Epidemic dropsy in Calcutta - Number 49
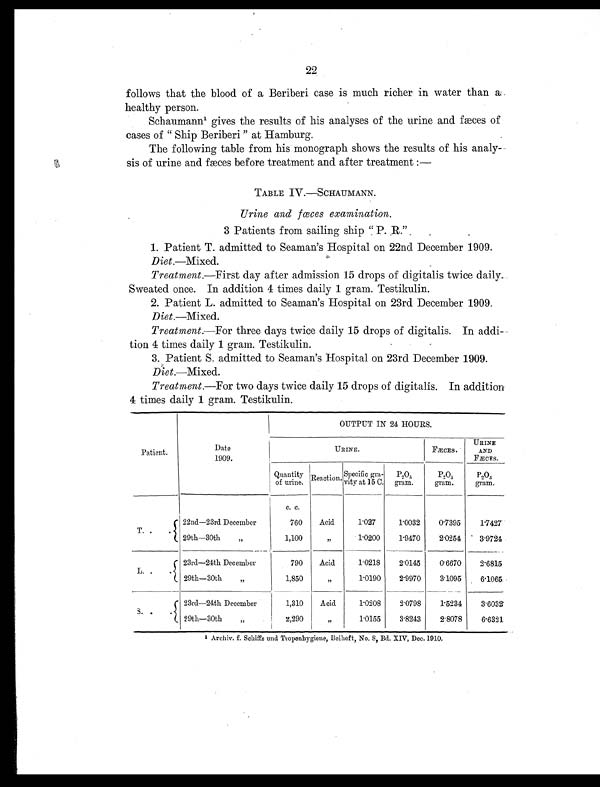
22
follows that the blood of a Beriberi case is much richer in water than a
healthy person.
Schaumann1 gives the results of his analyses of the urine and fæces of
cases of " Ship Beriberi " at Hamburg.
The following table from his monograph shows the results of his analy-
sis of urine and fæces before treatment and after treatment :—
TABLE IV.—SCHAUMANN.
Urine and fœces examination.
3 Patients from sailing ship " P. R"
1. Patient T. admitted to Seaman's Hospital on 22nd December 1909.
Diet. —Mixed.
Treatment. —First day after admission 15 drops of digitalis twice daily.
Sweated once. In addition 4 times daily 1 gram. Testikulin.
2. Patient L. admitted to Seaman's Hospital on 23rd December 1909.
Diet. —Mixed.
Treatment. —For three days twice daily 15 drops of digitalis. In addi-
tion 4 times daily 1 gram. Testikulin.
3. Patient S. admitted to Seaman's Hospital on 23rd December 1909.
Diet.—Mixed.
Treatment.—For two days twice daily 15 drops of digitalis. In addition
4 times daily 1 gram. Testikulin.
OUTPUT IN 24 HOURS.
Patient.
Date
1909.
URINE.
FÆCES.
URINE
AND
FÆCES.
Quantity
of urine.
Reaction. Specific gra-v i t y a t 1 5 C .
P 2 O 5
g r a m .
P 2 O 5
gram.
P2O5
gram.
c. c.
T. .
.
22nd—23rd December
760
Acid.
1.027
1.0032
0.7395
1.7427
29th—30th
„
1,100
, ,
1.0200
1.9470
2.0254
3.9724
L. .
.
23rd—24th December
790
Acid
1.0218
2.0145
0.6670
2.6815
29th—30th
„
1,850
,,
1.0190
2.9970
3.1095
6.1065
S. .
.
23rd—24th December
1,310
Acid
1.0208
2.0798
1.5234
3.6032
29th—30th
„
2,290
,,
1.0155
3.8243
2.8078
6.6321
1 Archiv. f. Schiffs and Tropenhygiene, Beiheft, No. 8, Bd. XIV, Dec. 1910.